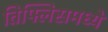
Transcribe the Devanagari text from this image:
तिफ्लिसमध्ये